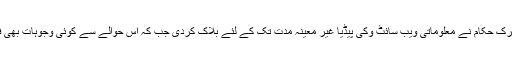
ذرائع کے مطابق ترک حکام نے معلوماتی ویب سائٹ وکی پیڈیا غیر معینہ مدت تک کے لئے بلاک کردی جب کہ اس حوالے سے کوئی وجوہات بھی فراہم نہیں کی گئیں۔